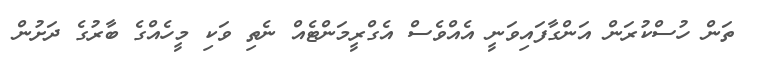
ތަން ހުސްކުރަން އަންގާފައިވަނީ އެއްވެސް އެގްރީމަންޓެއް ނެތި ވަކި މީހެއްގެ ބާރުގެ ދަށުން